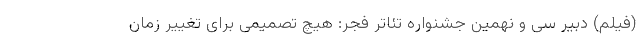
(فیلم) دبیر سی و نهمین جشنواره تئاتر فجر: هیچ تصمیمی برای تغییر زمان